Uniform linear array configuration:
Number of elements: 4
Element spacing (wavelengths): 0.5
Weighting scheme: cosine
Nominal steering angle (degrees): -45
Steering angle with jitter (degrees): -44.345
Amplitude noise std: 0.05
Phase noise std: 0.05

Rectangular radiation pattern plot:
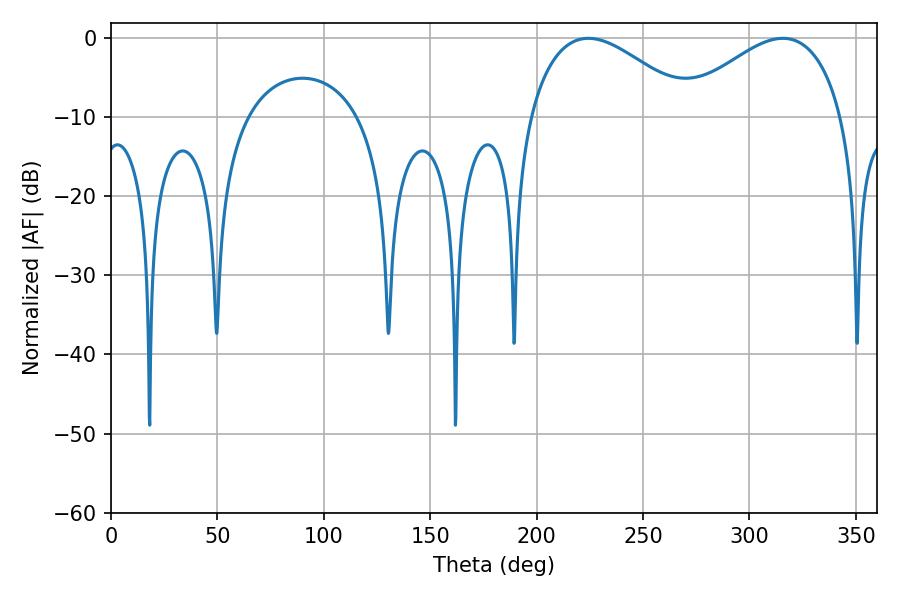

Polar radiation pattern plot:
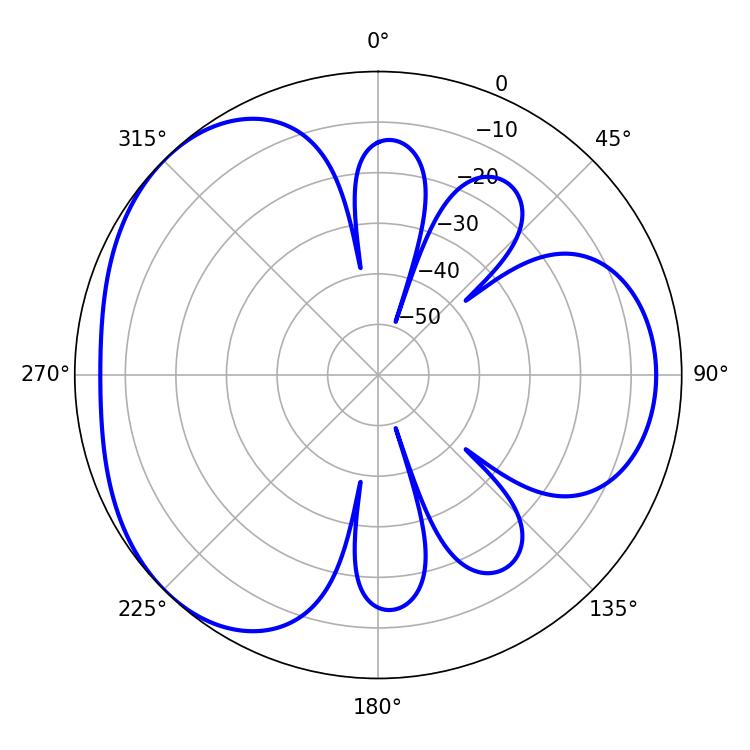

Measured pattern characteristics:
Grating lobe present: FALSE
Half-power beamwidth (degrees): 41.94
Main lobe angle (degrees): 224.28